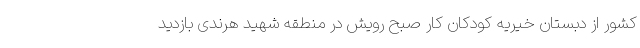
کشور از دبستان خیریه کودکان کار صبح رویش در منطقه شهید هرندی بازدید